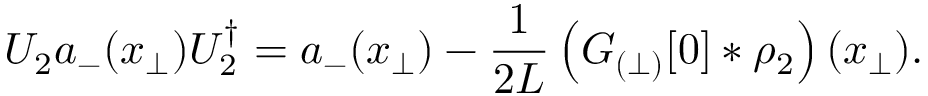
U _ { 2 } a _ { - } ( x _ { \perp } ) U _ { 2 } ^ { \dagger } = a _ { - } ( x _ { \perp } ) - \frac { 1 } { 2 L } \left( { \cal G } _ { ( \perp ) } [ 0 ] \ast \rho _ { 2 } \right) ( x _ { \perp } ) .